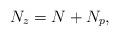
LaTeX: \begin{align*} N_z=N+N_p,\end{align*}